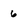
Character: 6